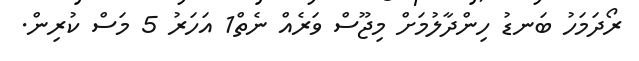
ރޯދަމަހު ބަނޑު ހިންދާލުމަށް މިޖޫސް ވަރެއް ނެތް1 އަހަރު 5 މަސް ކުރިން.